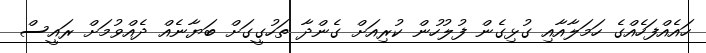
ހައެއްފަހެއްގެ ހަމަލާއާއި ގުޅިގެން ފުލުހުން ކުރިއަށް ގެންދާ ތަހުގީގަށް ބަޔާނެއް ދެއްވުމަށް ރައީސް